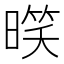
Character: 𣉧